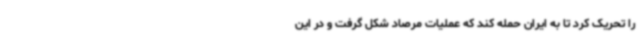
را تحریک کرد تا به ایران حمله کند که عملیات مرصاد شکل گرفت و در این